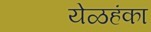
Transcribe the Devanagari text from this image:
येळहंका